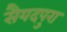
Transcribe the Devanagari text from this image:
सैयदपुरा